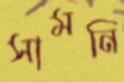
সামনি